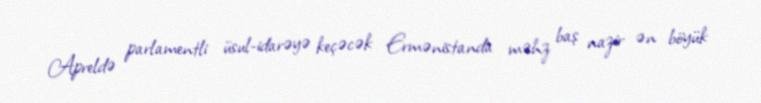
Apreldə parlamentli üsul-idarəyə keçəcək Ermənistanda məhz baş nazir ən böyük